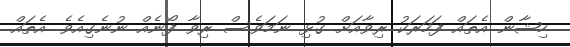
ހިޝާން އެތައް ފަހަރަކު ރިވާއަށް ގުޅި ނަމަވެސް ރިވާ ފޯނެއް ނުނެގިއެވެ. އެތައް